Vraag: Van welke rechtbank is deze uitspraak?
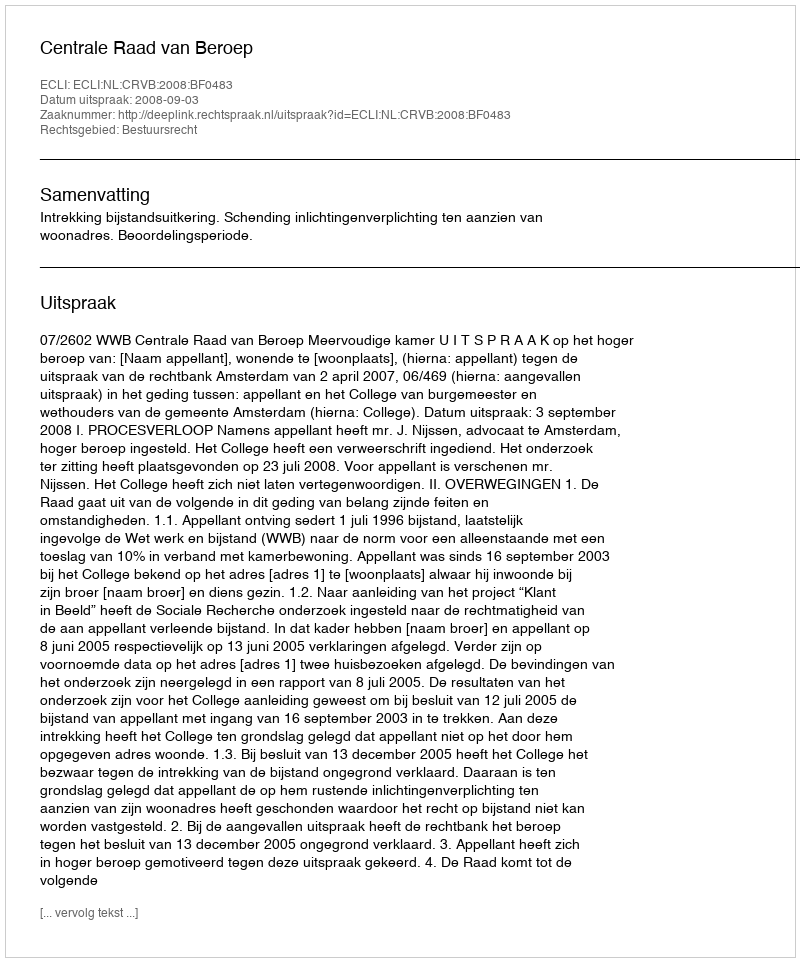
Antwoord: Centrale Raad van Beroep